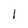
Character: l